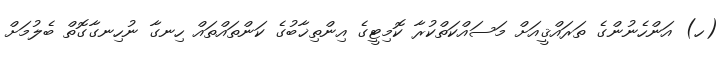
(ހ) އަންހެނުންގެ ތަރައްޤީއަށް މަސައްކަތްކުރާ ކޮމިޓީގެ އިންތިޚާބުގެ ކަންތައްތައް ހިނގާ ނުހިނގާގޮތް ބެލުމަށް